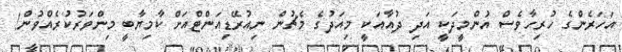
އަހަރެންގެ ހުރިހާވެސް އުންމީދަކީ އަދި ދުއާއަކީ މިއަދުގެ މެޗުން ނިއުރޭޑިއަންޓްއަށް ކާމިޔާބީ މިންވަރުކުރެއްވުން!